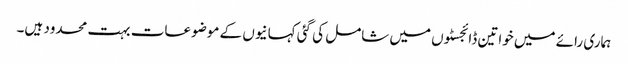
ہماری رائے میں خواتین ڈائجسٹوں میں شامل کی گئی کہانیوں کے موضوعات بہت محدود ہیں۔